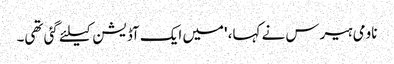
ناومی ہیرس نے کہا، 'میں ایک آڈیشن کیلئے گئی تھی۔